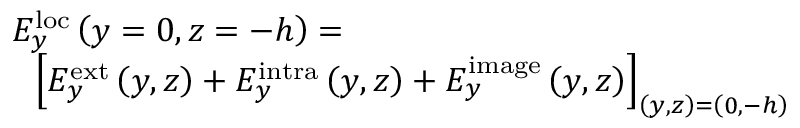
\begin{array} { r l } & { E _ { y } ^ { \mathrm { l o c } } \left( y = 0 , z = - h \right) = } \\ & { \, \, \, \, \left[ E _ { y } ^ { \mathrm { e x t } } \left( y , z \right) + E _ { y } ^ { \mathrm { i n t r a } } \left( y , z \right) + E _ { y } ^ { \mathrm { i m a g e } } \left( y , z \right) \right] _ { \left( y , z \right) = \left( 0 , - h \right) } } \end{array}